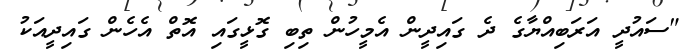
"ސައުދީ އަރަބިއްޔާގެ ދެ ގައިދީން އެމީހުން ތިބި ގޮޅީގައި އޮތް އެހެން ގައިދީއަކު